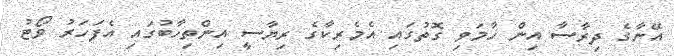
އޭނާގެ ދިރާސާ އިން ހާމަވި ގޮތުގައި އެމެރިކާގެ ރިޔާސީ އިންތިހާބުގައި އެފަހަރު ވޯޓު